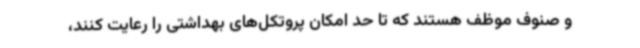
و صنوف موظف هستند که تا حد امکان پروتکل‌های بهداشتی را رعایت کنند،